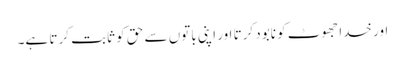
اور خدا جھوٹ کو نابود کرتا اور اپنی باتوں سے حق کو ثابت کرتا ہے۔